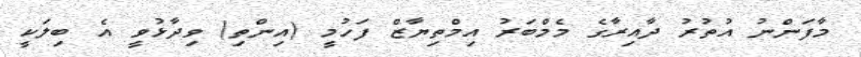
މާފަންނު އުތުރު ދާއިރާގެ މެމްބަރު އިމްތިޔާޒް ފަހުމީ (އިންތި) ވިދާޅުވީ އެ ބިލަކީ